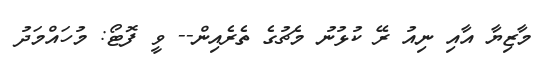
މާޒިޔާ އާއި ނިއު ރޭ ކުޅުނު މެޗުގެ ތެރެއިން-- ވީ ފޮޓޯ: މުހައްމަދު